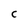
Character: C